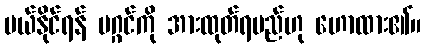
ပယ်နိုင်ရန် မဂ္ဂင်ကို အားထုတ်ရမည်ဟု ဟောထား၏။